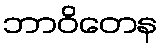
ဘာဝိတေန